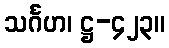
သင်္ဂဟ၊ ဋ္ဌ-၄၂၃။